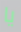
يا